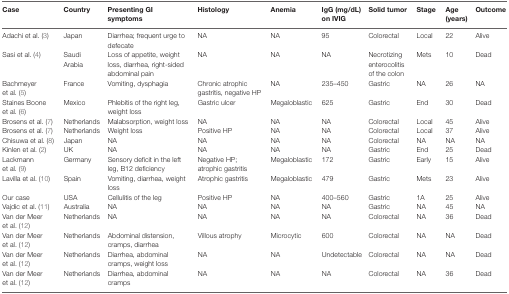
<table><thead><tr><td><b>Case</b></td><td><b>Country</b></td><td><b>Presenting GI symptoms</b></td><td><b>Histology</b></td><td><b>Anemia</b></td><td><b>IgG (mg/dL) on IVIG</b></td><td><b>Solid tumor</b></td><td><b>Stage</b></td><td><b>Age (years)</b></td><td><b>Outcome</b></td></tr></thead><tbody><tr><td>Adachi et al. (3)</td><td>Japan</td><td>Diarrhea; frequent urge to defecate</td><td>NA</td><td>NA</td><td>95</td><td>Colorectal</td><td>Local</td><td>22</td><td>Alive</td></tr><tr><td>Sasi et al. (4)</td><td>Saudi Arabia</td><td>Loss of appetite, weight loss, diarrhea, right-sided abdominal pain</td><td>NA</td><td>NA</td><td>NA</td><td>Necrotizing enterocolitis of the colon</td><td>Mets</td><td>10</td><td>Dead</td></tr><tr><td>Bachmeyer et al. (5)</td><td>France</td><td>Vomiting, dysphagia</td><td>Chronic atrophic gastritis, negative HP</td><td>NA</td><td>235–450</td><td>Gastric</td><td>NA</td><td>26</td><td>NA</td></tr><tr><td>Staines Boone et al. (6)</td><td>Mexico</td><td>Phlebitis of the right leg, weight loss</td><td>Gastric ulcer</td><td>Megaloblastic</td><td>625</td><td>Gastric</td><td>End</td><td>30</td><td>Dead</td></tr><tr><td>Brosens et al. (7)</td><td>Netherlands</td><td>Malabsorption, weight loss</td><td>NA</td><td>NA</td><td>NA</td><td>Colorectal</td><td>Local</td><td>45</td><td>Alive</td></tr><tr><td>Brosens et al. (7)</td><td>Netherlands</td><td>Weight loss</td><td>Positive HP</td><td>NA</td><td>NA</td><td>Colorectal</td><td>Local</td><td>37</td><td>Alive</td></tr><tr><td>Chisuwa et al. (8)</td><td>Japan</td><td>NA</td><td>NA</td><td>NA</td><td>NA</td><td>Colorectal</td><td>NA</td><td>NA</td><td>NA</td></tr><tr><td>Kinlen et al. (2)</td><td>UK</td><td>NA</td><td>NA</td><td>NA</td><td>NA</td><td>Gastric</td><td>End</td><td>25</td><td>Dead</td></tr><tr><td>Lackmann et al. (9)</td><td>Germany</td><td>Sensory deficit in the left leg, B12 deficiency</td><td>Negative HP; atrophic gastritis</td><td>Megaloblastic</td><td>172</td><td>Gastric</td><td>Early</td><td>15</td><td>Alive</td></tr><tr><td>Lavilla et al. (10)</td><td>Spain</td><td>Vomiting, diarrhea, weight loss</td><td>Atrophic gastritis</td><td>Megaloblastic</td><td>479</td><td>Gastric</td><td>Mets</td><td>23</td><td>Alive</td></tr><tr><td>Our case</td><td>USA</td><td>Cellulitis of the leg</td><td>Positive HP</td><td>NA</td><td>400–560</td><td>Gastric</td><td>1A</td><td>25</td><td>Alive</td></tr><tr><td>Vajdic et al. (11)</td><td>Australia</td><td>NA</td><td>NA</td><td>NA</td><td>NA</td><td>Gastric</td><td>NA</td><td>45</td><td>NA</td></tr><tr><td>Van der Meer et al. (12)</td><td>Netherlands</td><td>NA</td><td>NA</td><td>NA</td><td>NA</td><td>Colorectal</td><td>NA</td><td>36</td><td>Dead</td></tr><tr><td>Van der Meer et al. (12)</td><td>Netherlands</td><td>Abdominal distension, cramps, diarrhea</td><td>Villous atrophy</td><td>Microcytic</td><td>600</td><td>Colorectal</td><td>NA</td><td>NA</td><td>Dead</td></tr><tr><td>Van der Meer et al. (12)</td><td>Netherlands</td><td>Diarrhea, abdominal cramps, weight loss</td><td>NA</td><td>NA</td><td>Undetectable</td><td>Colorectal</td><td>NA</td><td>NA</td><td>Dead</td></tr><tr><td>Van der Meer et al. (12)</td><td>Netherlands</td><td>Diarrhea, abdominal cramps</td><td>NA</td><td>NA</td><td>NA</td><td>Colorectal</td><td>NA</td><td>36</td><td>Dead</td></tr></tbody></table>